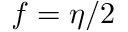
f = \eta / 2